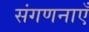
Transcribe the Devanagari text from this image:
संगणनाएँ